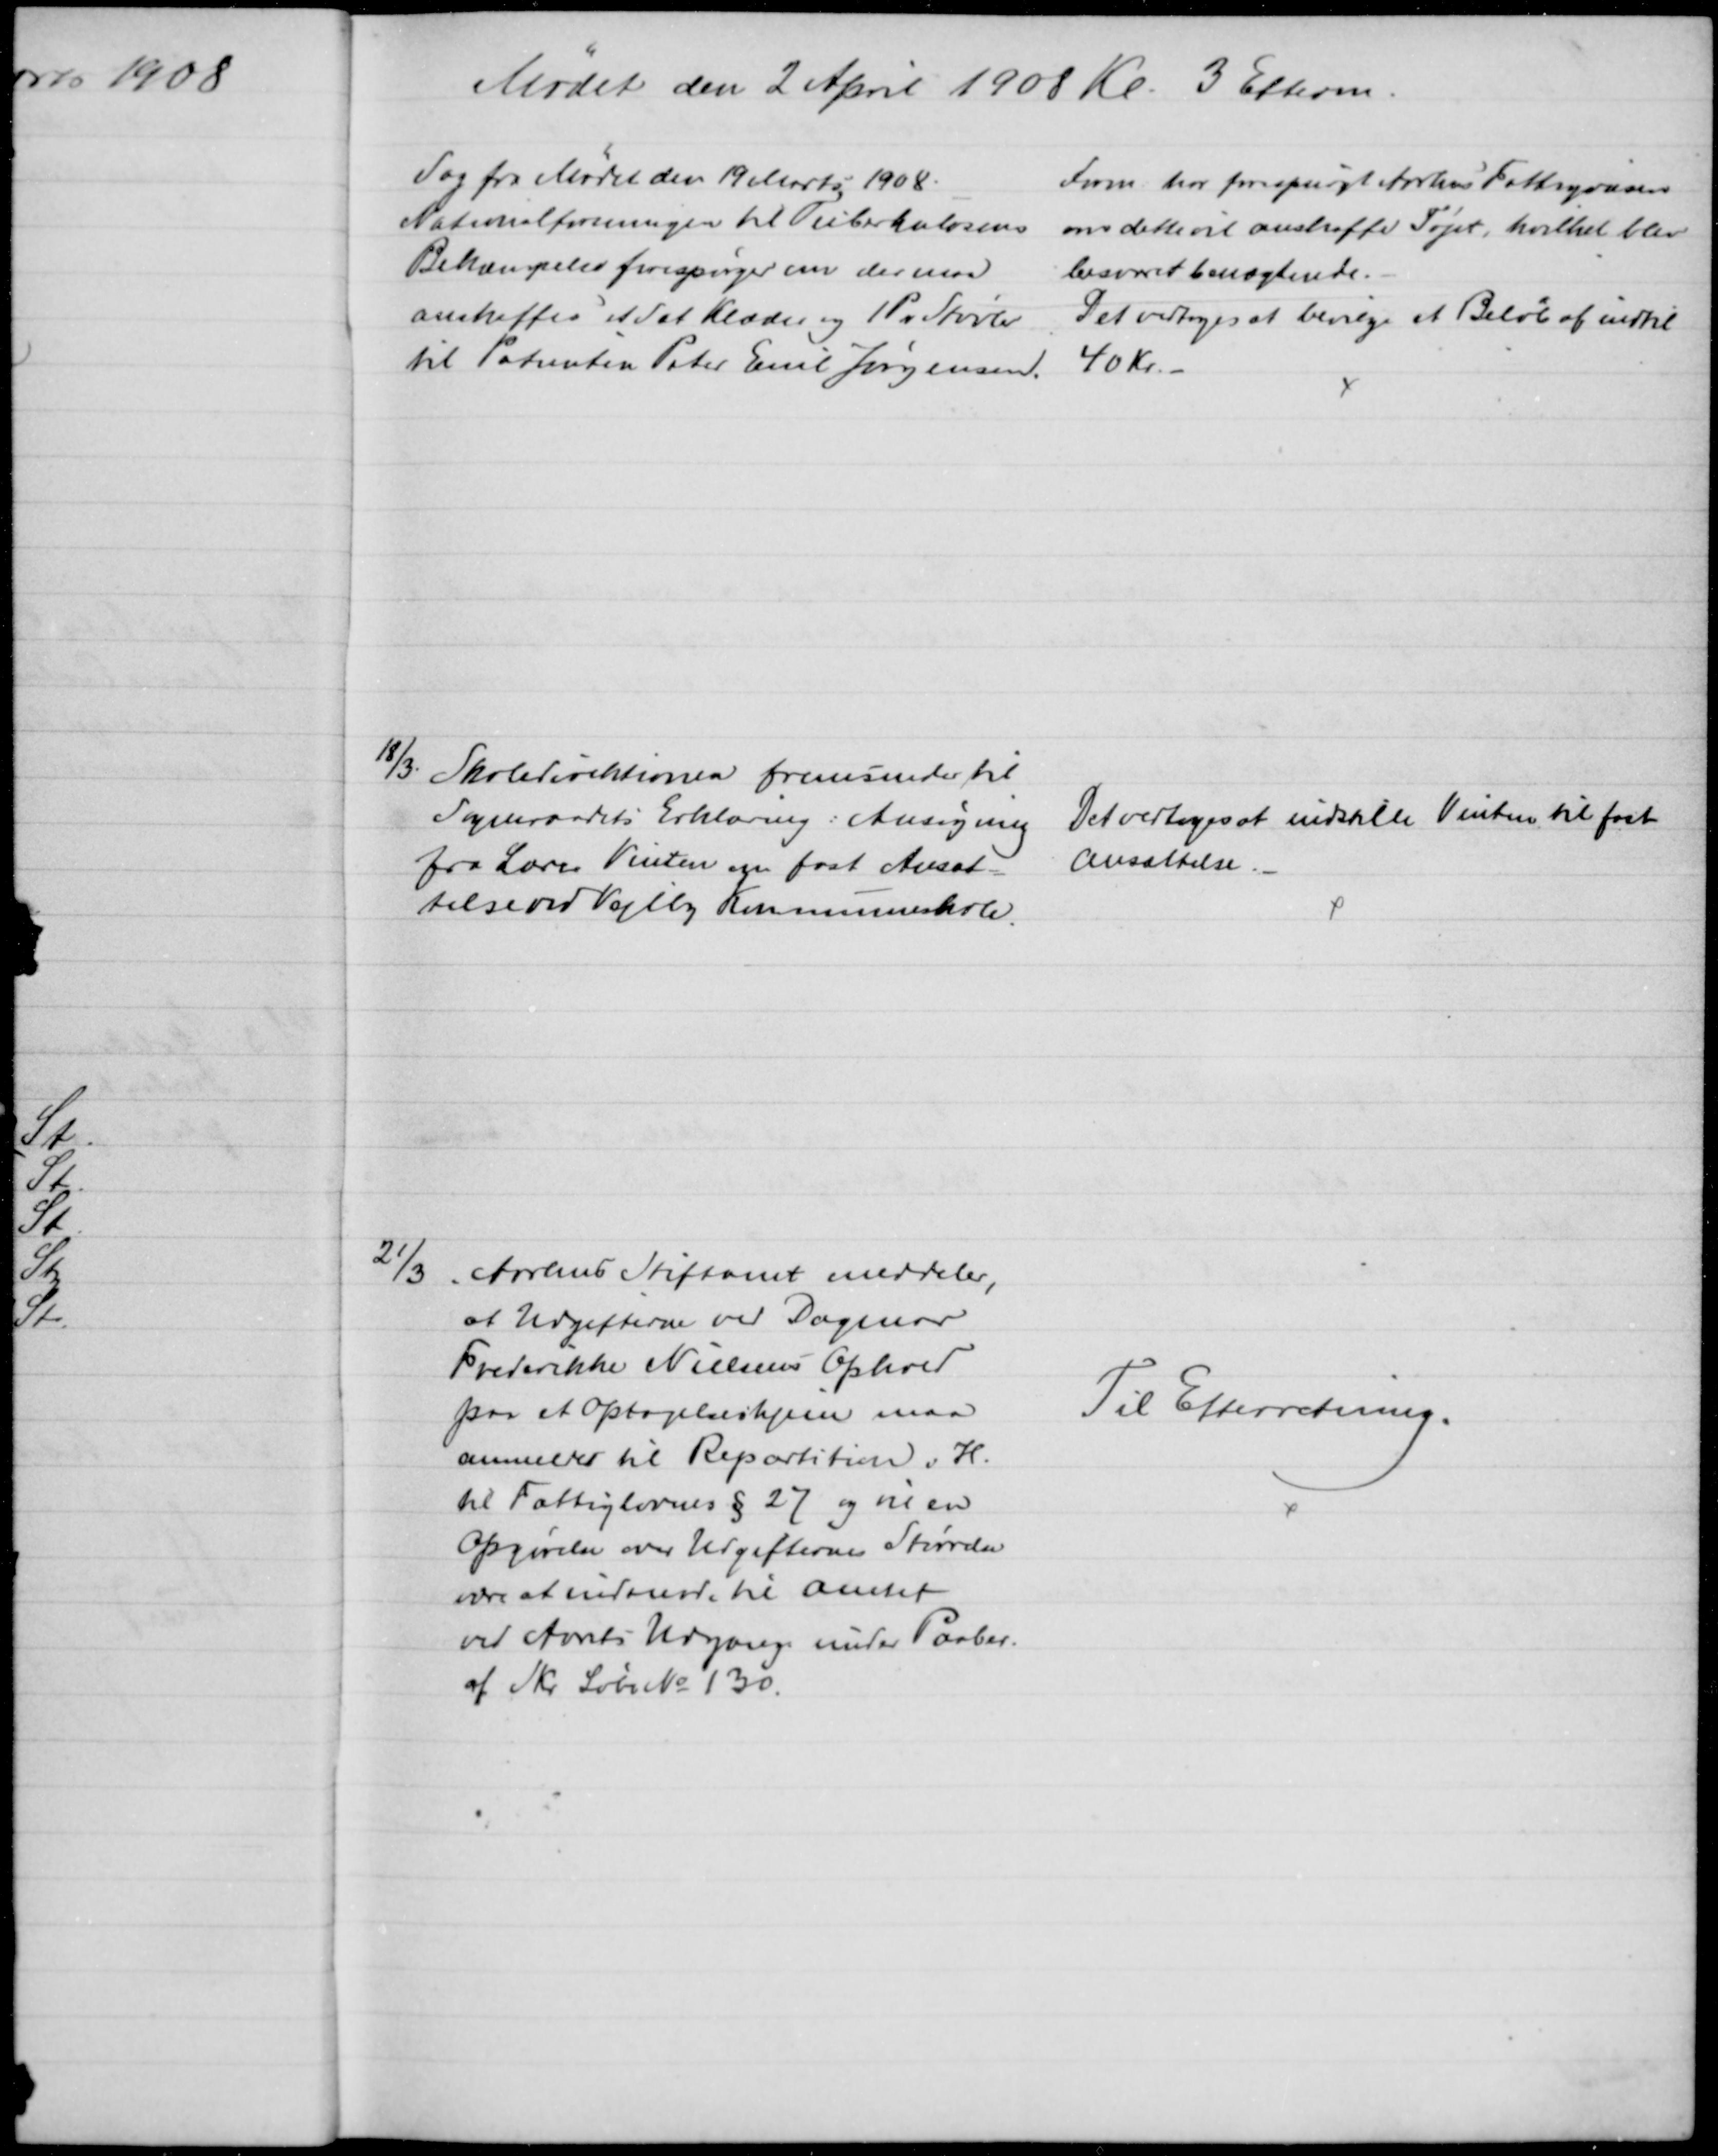
Transskription:
Mødet den 2 April 1908 Kl. 3 Efterm.
Sag fra Mødet den 19 Marts 1908.
Nationalforeningen til Tuberkulosens
Bekæmpelse forespørger om der maa
anskaffes et Sæt Klæder og 1 Par Støvler
til Patienten Peter Emil Jørgensen.
Form har forespurgt Aarhus Fattigvæsen
om dette vil anskaffe Tøjet, hvilket blev 
besvaret benægtende.
Det vedtoges at bevilge et Beløb af indtil
40 Kr. 
18/3. Skoledirektionen fremsender til
Sogneraadets Erklæring: Ansøgning
fra Lærer Vinten om fast Ansæt-
telse ved Vejlby Kommuneskole.
Det vedtoges at indstille Vinten til fast
Ansættelse.
21/3 Aarhus Stiftamt meddeler,
at Udgifterne ved Dagmar
Frederikke Nielsens Ophold
paa et Optagelseshjem maa
anmeldes til Repartition i H.
til Fattiglovens § 27 og vil en
Opgørelse over Udgifternes Størrelse
være at indsende til Amtet
ved Aarets Udgang under Paaber.
af Skr. Løbe № 130.
Til Efterretning.